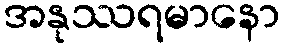
အနုဿရမာနော